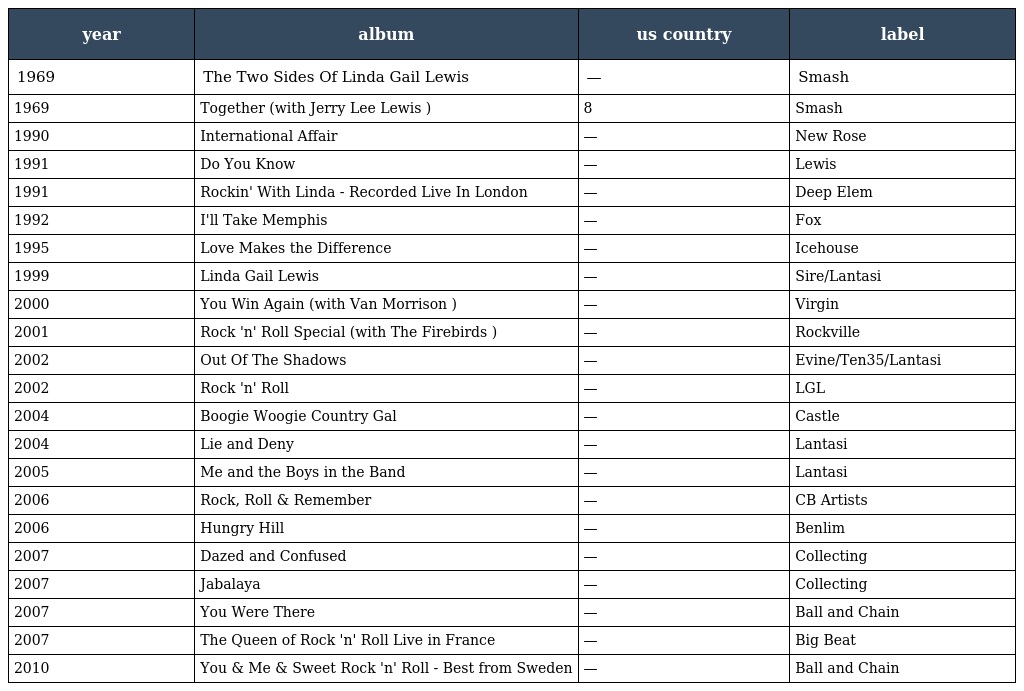
| year | album | us country | label |
 | --- | --- | --- | --- |
 | 1969 | The Two Sides Of Linda Gail Lewis | — | Smash |
 | 1969 | Together (with Jerry Lee Lewis ) | 8 | Smash |
 | 1990 | International Affair | — | New Rose |
 | 1991 | Do You Know | — | Lewis |
 | 1991 | Rockin' With Linda - Recorded Live In London | — | Deep Elem |
 | 1992 | I'll Take Memphis | — | Fox |
 | 1995 | Love Makes the Difference | — | Icehouse |
 | 1999 | Linda Gail Lewis | — | Sire/Lantasi |
 | 2000 | You Win Again (with Van Morrison ) | — | Virgin |
 | 2001 | Rock 'n' Roll Special (with The Firebirds ) | — | Rockville |
 | 2002 | Out Of The Shadows | — | Evine/Ten35/Lantasi |
 | 2002 | Rock 'n' Roll | — | LGL |
 | 2004 | Boogie Woogie Country Gal | — | Castle |
 | 2004 | Lie and Deny | — | Lantasi |
 | 2005 | Me and the Boys in the Band | — | Lantasi |
 | 2006 | Rock, Roll & Remember | — | CB Artists |
 | 2006 | Hungry Hill | — | Benlim |
 | 2007 | Dazed and Confused | — | Collecting |
 | 2007 | Jabalaya | — | Collecting |
 | 2007 | You Were There | — | Ball and Chain |
 | 2007 | The Queen of Rock 'n' Roll Live in France | — | Big Beat |
 | 2010 | You & Me & Sweet Rock 'n' Roll - Best from Sweden | — | Ball and Chain |